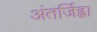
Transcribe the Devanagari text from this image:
अंतर्जिह्वा